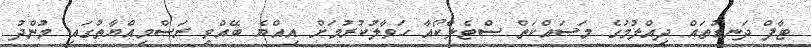
ޓާފް ދަނޑުތައް ދިއްލުމުގެ މަސައްކަތް ސްޓެލްކޯއާ ހަވާލުކުރުމަށް އިއްޔެ ބޭއްވި ރަސްމިއްޔާތުގައި މުންދު